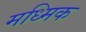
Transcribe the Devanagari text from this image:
मध्मिक